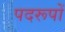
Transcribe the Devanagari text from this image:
पदरूपों